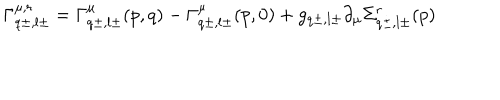
\Gamma _ { q \pm , l \pm } ^ { \mu , r } = \Gamma _ { q \pm , l \pm } ^ { \mu } ( p , q ) - \Gamma _ { q \pm , l \pm } ^ { \mu } ( p , 0 ) + g _ { q \pm , l \pm } \partial _ { \mu } \Sigma _ { q \pm , l \pm } ^ { r } ( p )